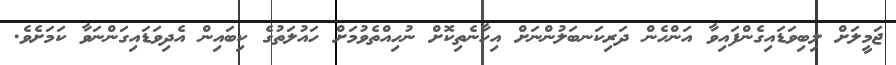
ޖަމީލަށް ލިބިވަޑައިގެންފައިވާ އަންހެން ދަރިކަނބަލުންނަށް އިހާނެތިކޮށް ނުހިއްތެވުމަށް ހައުލަތުގެ ކިބައިން އެދިވަޑައިގަންނަވާ ކަމަށެވެ.